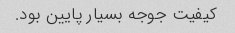
کیفیت جوجه بسیار پایین بود.